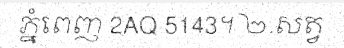
ភ្នំពេញ 2AQ 5143។ ២.សត្វ